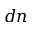
d n